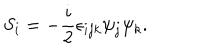
S _ { i } = - \frac { i } { 2 } \epsilon _ { i j k } \psi _ { j } \psi _ { k } .